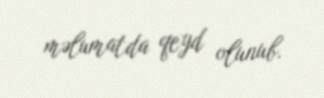
məlumatda qeyd olunub.